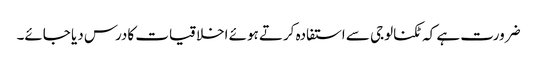
ضرورت ہے کہ ٹکنالوجی سے استفادہ کرتے ہوئے اخلاقیات کادرس دیا جائے۔